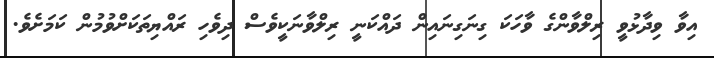
އިވާ ވިދާޅުވީ ރިލްވާންގެ ވާހަކަ ގިނަގިނައިން ދައްކަނީ ރިލްވާނަކީވެސް ދިވެހި ރައްޔިތަކަށްވުމުން ކަމަށެވެ.